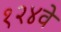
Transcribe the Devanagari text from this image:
१२४वे